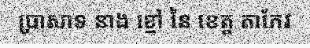
ប្រាសាទ នាង ខ្មៅ នៃ ខេត្ត តាកែវ